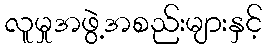
လူမှုအဖွဲ့အစည်းများနှင့်